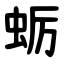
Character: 蛎